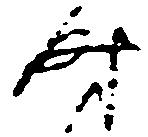
時